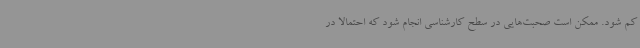
کم شود. ممکن است صحبت‌هایی در سطح کارشناسی انجام شود که احتمالا در